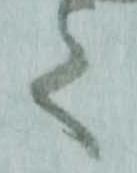
く